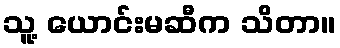
သူ့ ယောင်းမဆီက သိတာ။